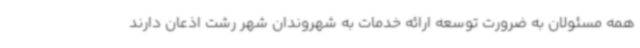
همه مسئولان به ضرورت توسعه ارائه خدمات به شهروندان شهر رشت اذعان دارند